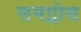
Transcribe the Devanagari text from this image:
समग्लोस